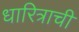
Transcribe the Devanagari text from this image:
धारित्राची